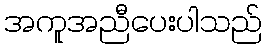
အကူအညီပေးပါသည်